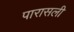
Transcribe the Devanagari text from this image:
पारासली